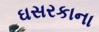
ઘસરકાના